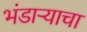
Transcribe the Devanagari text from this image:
भंडाऱ्याचा